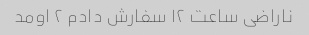
ناراضی ساعت ۱۲ سفارش دادم ۲ اومد